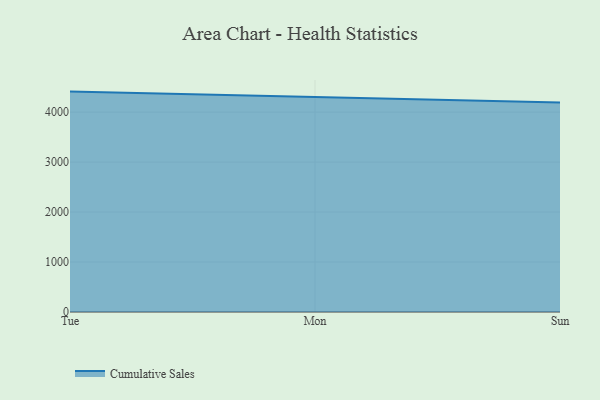
{"axis": {"x": "Day", "y": "LTV (USD)"}, "legend": ["Cumulative Sales"], "data": [{"x": "Tue", "y": 4410.5, "type": "Cumulative Sales"}, {"x": "Mon", "y": 4296.6, "type": "Cumulative Sales"}, {"x": "Sun", "y": 4190.5, "type": "Cumulative Sales"}]}